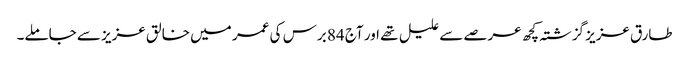
طارق عزیز گزشتہ کچھ عرصے سے علیل تھے اور آج 84 برس کی عمر میں خالق عزیز سے جاملے۔